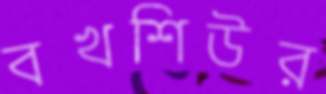
বখশিউর